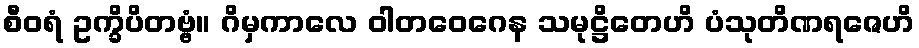
စီဝရံ ဥက္ခိပိတဗ္ဗံ။ ဂိမှကာလေ ဝါတဝေဂေန သမုဋ္ဌိတေဟိ ပံသုတိဏရဇေဟိ